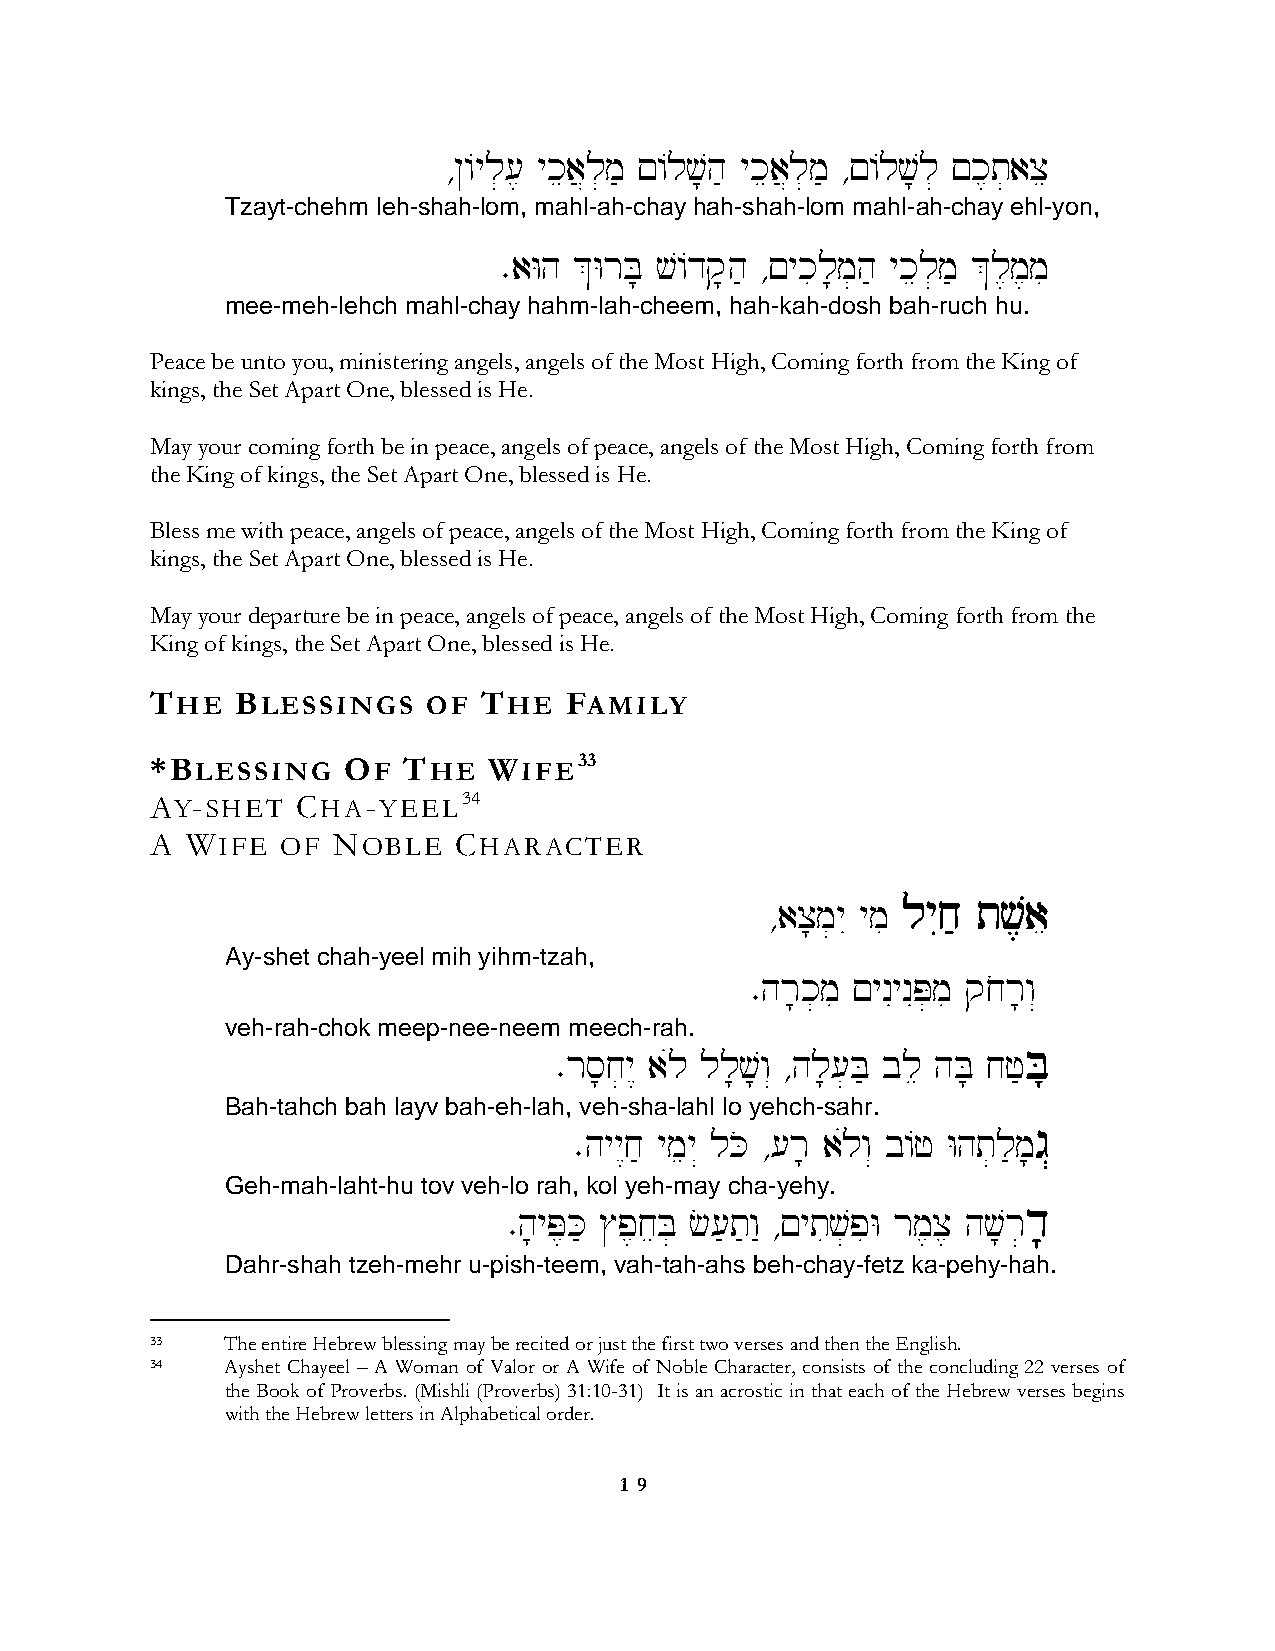
∆@/yl][, ykea}l]m' !/lv;h' ykea}l]m' ∆!/lv;l] !k,t]axe
 Tzayt-chehm leh-shah-lom, mahl-ah-chay hah-shah-lom mahl-ah-chay ehl-yon,
 ∑aWh &WrB; v/dq;h' ∆!ykil;m]h' ykel]m' &l,m,mi
 mee-meh-lehch mahl-chay hahm-lah-cheem, hah-kah-dosh bah-ruch hu.
 Peace be unto you, ministering angels, angels of the Most High, Coming forth from the King of
 kings, the Set Apart One, blessed is He.
 May your coming forth be in peace, angels of peace, angels of the Most High, Coming forth from
 the King of kings, the Set Apart One, blessed is He.
 Bless me with peace, angels of peace, angels of the Most High, Coming forth from the King of
 kings, the Set Apart One, blessed is He.
 May your departure be in peace, angels of peace, angels of the Most High, Coming forth from the
 King of kings, the Set Apart One, blessed is He.
 THE   BLESSINGS   OF  THE  FAMILY
 *BLESSING    OF  THE  WIFE33
 AY-SHET   CHA-YEEL34
 A WIFE   OF NOBLE   CHARACTER
 ∆ax;m]yI ymi lyIj' tv,ae
 Ay-shet chah-yeel mih yihm-tzah,
 ∑hr;k]mi !ynIynIP]mi qjor;w“
 veh-rah-chok meep-nee-neem meech-rah.
 ∑rs;j]y< aúl ll;v;w“ ∆hl;[]B' ble hB; jf'B;
 Bah-tahch bah layv bah-eh-lah, veh-sha-lahl lo yehch-sahr.
 ∑hyy<j' ymey“ lKo ∆[r; aúlw“ b/f Wht]l'm;g “
 Geh-mah-laht-hu tov veh-lo rah, kol yeh-may cha-yehy.
 ∑h;yP,K' $p,jeB] c['t'w" ∆!ytiv]piW rm,x, hv;r]d;
 Dahr-shah tzeh-mehr u-pish-teem, vah-tah-ahs beh-chay-fetz ka-pehy-hah.
 33   The entire Hebrew blessing may be recited or just the first two verses and then the English.
 34   Ayshet Chayeel – A Woman of Valor or A Wife of Noble Character, consists of the concluding 22 verses of
 the Book of Proverbs. (Mishli (Proverbs) 31:10-31) It is an acrostic in that each of the Hebrew verses begins
 with the Hebrew letters in Alphabetical order.
 1 9